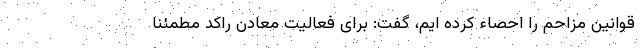
قوانین مزاحم را احصاء کرده ایم، گفت: برای فعالیت معادن راکد مطمئنا